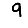
Digit: 9